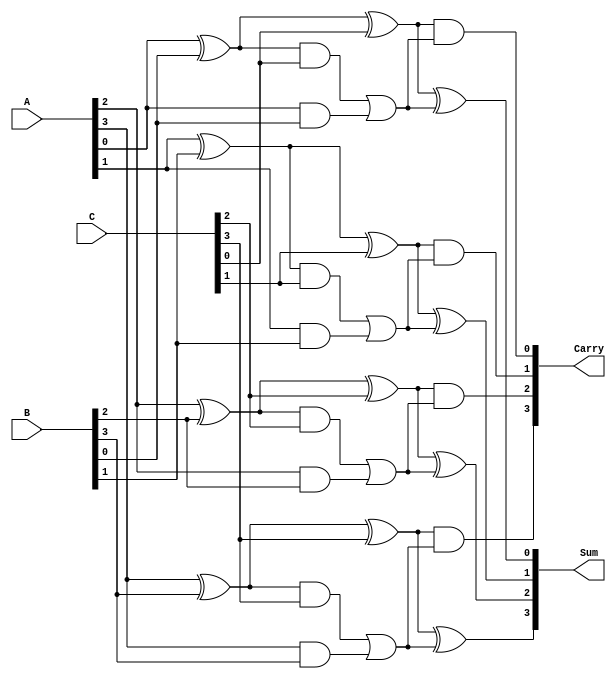
module dynamic_carry_save_adder #(
    parameter N = 4  // Width of the inputs
)(
    input  [N-1:0] A,  // First input
    input  [N-1:0] B,  // Second input
    input  [N-1:0] C,  // Third input
    output [N-1:0] Sum, // Sum output
    output [N-1:0] Carry // Carry output
);

    wire [N-1:0] S1, S2;  // Intermediate sums
    wire [N-1:0] C1, C2;  // Intermediate carries

    // First stage: Pairwise addition
    genvar i;
    generate
        for (i = 0; i < N; i = i + 1) begin : stage1
            // Full adder for A and B
            assign S1[i] = A[i] ^ B[i];
            assign C1[i] = A[i] & B[i];

            // Full adder for S1 and C
            assign S2[i] = S1[i] ^ C[i];
            assign C2[i] = S1[i] & C[i] | C1[i]; // Combine carry from A+B with carry from S1+C
        end
    endgenerate

    // Second stage: Combine partial sums and carries
    generate
        for (i = 0; i < N; i = i + 1) begin : stage2
            // Final Sum and Carry
            assign Sum[i] = S2[i] ^ C2[i];
            assign Carry[i] = S2[i] & C2[i]; // Final carry
        end
    endgenerate

endmodule